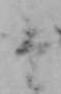
け